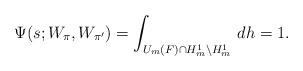
LaTeX: \begin{align*}\Psi(s; W_{\pi}, W_{\pi^\prime}) = \int_{U_m(F) \cap H^1_m \backslash H^1_m} \, dh = 1.\end{align*}